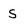
Character: s